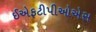
ઈએફટીપીઓએસ